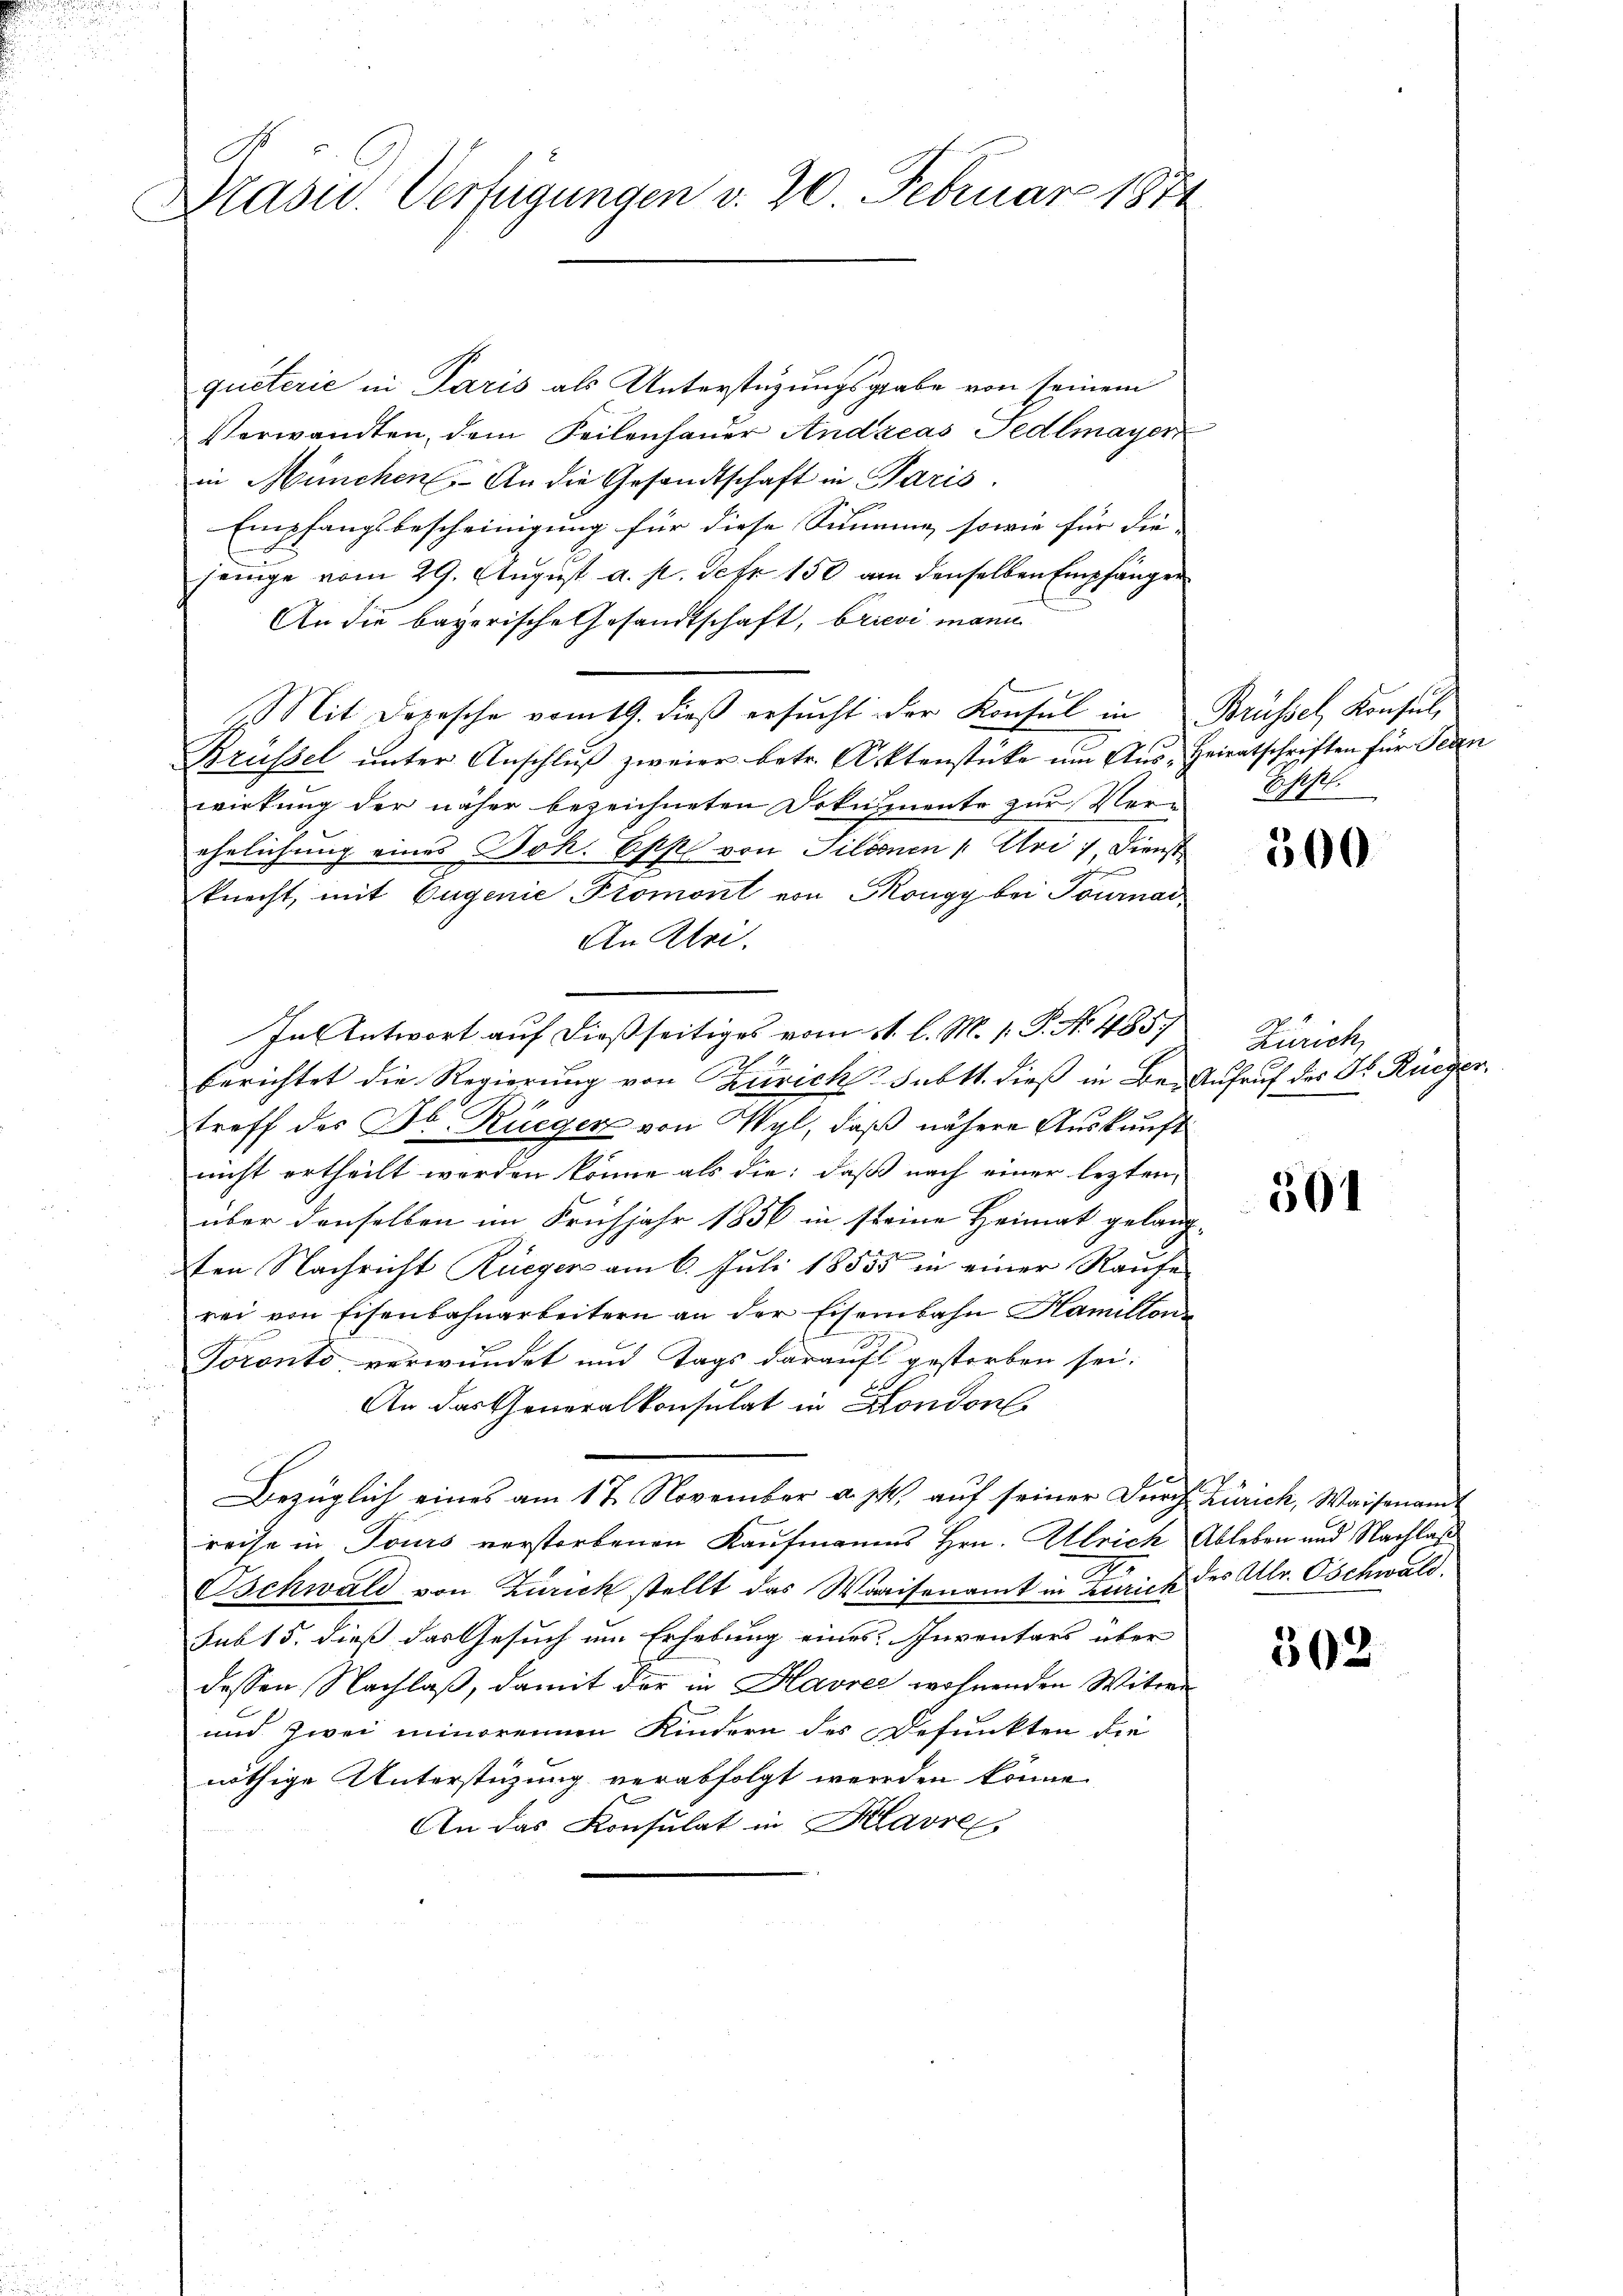
b
Drasid. Verfügungen v. 20. Februar 187

queterie in Paris als Unterstüzungsgrabe von seinem
Verwandten, dem Teilenhauer Andreas Fedlmayer
in München. An die Gesandtschaft in Paris.
Empfangsbescheinigung für diese Summe, sowie für die |
jenige vom 29. August a. p. Sehr 150 an denselben Empfängen
An die bayerische Gesandtschaft, brievi mann
Mit Depesche vom 19. dieβ ersŭcht der Konsul in Brüssel, Konsul
Brüssel unter Anschlŭβ zweier betr. Aktenstücke um Aus- Heimatschriften für Jean
wirkung der näher bezeichneten Dokumente zur Ver-Spp.
ehelichung eines Boh. Bist von Silsonen (: Uri: Dienst
knecht, mit Eugenie Promont von Kongy bei Tournar
An Klei.
In Antwort auf dießseitiges vom 11. l. M. 1. P. No. 485
berichtet die Regierung von Zürich Subtt. dieß in Be- Aufruf des Dr. Rüeger
treff des Hr. Rüeger von Wyl, daß nähere Auskunft
nicht ertheilt werden könne als die: daß nach einer lezten,
über denselben im Frühjahr 1856 in steine Heimat gelang-
ten Nachricht Rüeger am 6. Juli 18555 in einer Raufe
rei von Eisenbahnarbeitern an der Eisenbahn Hamillon
Toronto verwundet und Tags darauf gestorben sei.

An das Generalkonsulat in London
Bezüglich eines am 17. November a. p. auf seiner Durch Zürich, Waisenamreise in Tours verstorbenen Kaufmannes Hrn. Ulrich Ableben und Nachlaß
Gschwald von Zürich stellt das Waisenamt in Zurick des Allr. Oschwald.
sub 15. dieß das Gesuch um Erhebung eines Inventars über
dessen Nachlaß, damit der in Havrer wohnenden Witwe
und zwei minorennen Kindern des Defunkten die
nöthige Unterstüzung verabfolgt werden könne.
An das Konsulat in Klavre

500

Zürich,

301

302